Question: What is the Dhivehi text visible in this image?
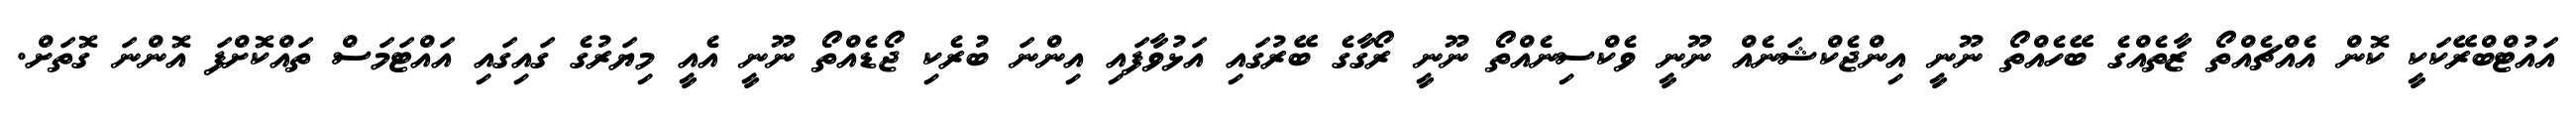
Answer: އައުޓްބްރޭކަކީ ކޮން އެއްޗެއްތޯ ޒާތެއްގެ ބޭހެއްތޯ ނޫނީ އިންޖެކްޝަނެއް ނޫނީ ވެކްސިނެއްތޯ ނޫނީ ރޯގާގެ ބޭރުގައި އަޅުވާފައި އިންނަ ބުރެކި ޖޯޑެއްތޯ ނޫނީ އެއީ މިޔަރުގެ ގައިގައި އައްޓަމަސް ތައްކޮށްފަ އޮންނަ ގޮތަށް.